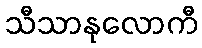
သီသာနုလောကီ